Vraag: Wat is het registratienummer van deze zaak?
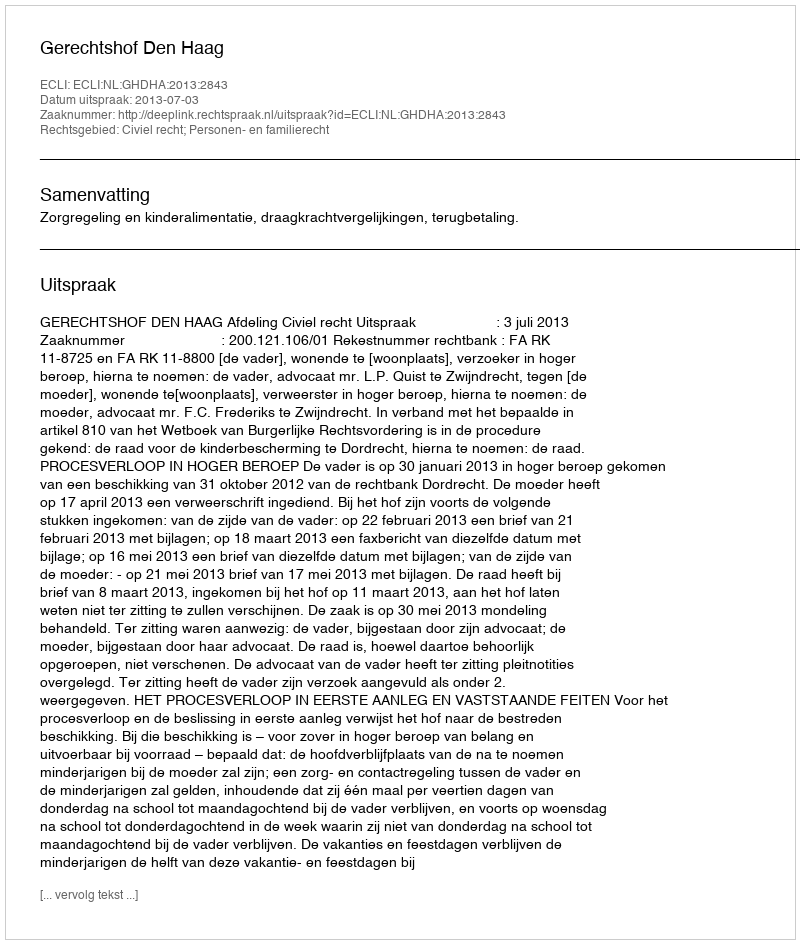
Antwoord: http://deeplink.rechtspraak.nl/uitspraak?id=ECLI:NL:GHDHA:2013:2843